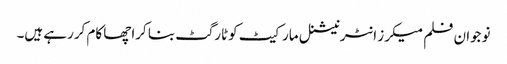
نوجوان فلم میکرز انٹرنیشنل مارکیٹ کوٹارگٹ بنا کراچھا کام کررہے ہیں۔